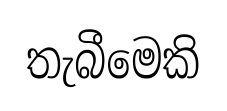
තැබීමෙකි